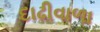
દાઢીવાળા